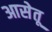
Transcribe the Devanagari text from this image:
आसेतू